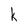
Character: k